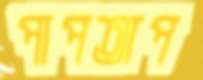
পাপতাপ